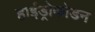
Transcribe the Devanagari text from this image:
हाईड्रोकोडन